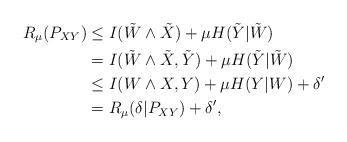
LaTeX: \begin{align*}R_\mu(P_{XY}) &\le I(\tilde{W} \wedge \tilde{X}) + \mu H(\tilde{Y}|\tilde{W}) \\&= I(\tilde{W} \wedge \tilde{X},\tilde{Y}) + \mu H(\tilde{Y}|\tilde{W}) \\&\le I(W \wedge X,Y) + \mu H(Y|W) + \delta^\prime \\&= R_\mu(\delta | P_{XY}) + \delta^\prime,\end{align*}